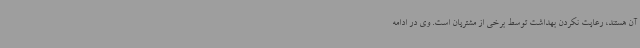
آن هستند، رعایت نکردن بهداشت توسط برخی از مشتریان است. وی در ادامه